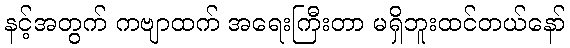
နင့်အတွက် ကဗျာထက် အရေးကြီးတာ မရှိဘူးထင်တယ်နော်